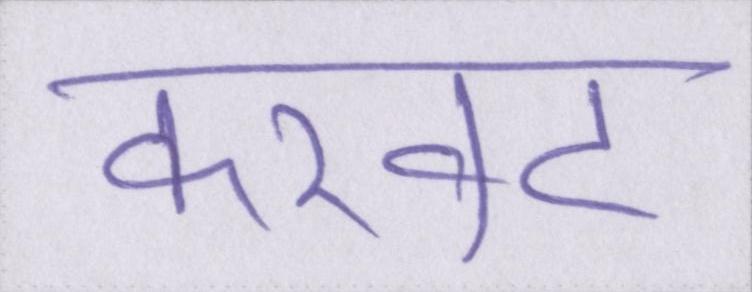
करवट